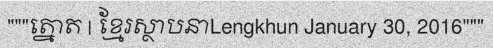
"""ត្នោត | ខ្មែរស្ថាបនាLengkhun January 30, 2016"""